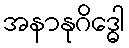
အနာနုဂိဒ္ဓေါ